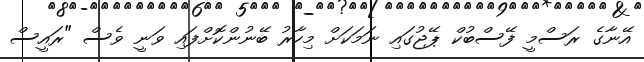
އޭނާގެ ރަސްމީ ފޭސްބުކް ޕޭޖުގައި ނަމަކަށް މިހާރު ބޭނުންކޮށްފައި ވަނީ ވެސް "ރައީސް